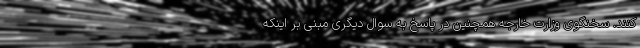
کنند. سخنگوی وزارت خارجه همچنین در پاسخ به سوال دیگری مبنی بر اینکه